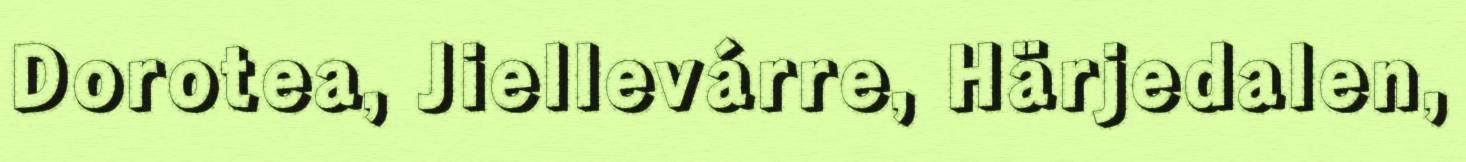
Dorotea, Jiellevárre, Härjedalen,